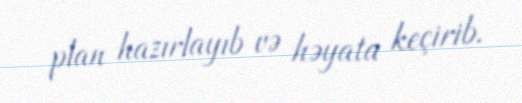
plan hazırlayıb və həyata keçirib.